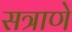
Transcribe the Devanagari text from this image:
सत्राणे